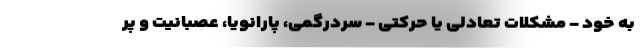
به خود - مشکلات تعادلی یا حرکتی - سردرگمی، پارانویا، عصبانیت و پر